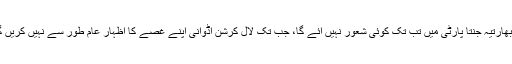
اب بھارتیہ جنتا پارٹی میں تب تک کوئی شعور نہیں آئے گا، جب تک لال کرشن اڈوانی اپنے غصے کا اظہار عام طور سے نہیں کریں گے۔